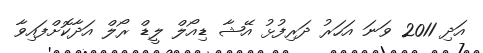
އަދި 2011 ވަނަ އަހަރު ދަރިފުޅު އޭޝާ ޑިއޯލް ލީޑް ރޯލް އަދާކޮށްފައިވާ